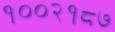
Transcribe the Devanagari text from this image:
१००२१८७